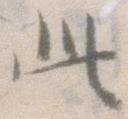
此